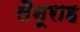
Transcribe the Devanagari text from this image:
लैनूराह